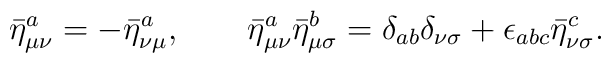
{\bar{\eta}^a}_{\mu \nu} = -{\bar{\eta}^a}_{\nu \mu},  \qquad {\bar{\eta}^a}_{\mu \nu}{\bar{\eta}^b}_{\mu \sigma}  = {\delta}_{ab} {\delta}_{\nu \sigma} + {\epsilon}_{abc}  {\bar{\eta}^c}_{\nu \sigma}.